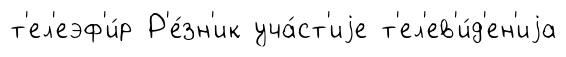
т'ел'еэф'и́р Р'е́зн'ик уча́ст'иjе т'ел'ев'и́д'ен'иjа